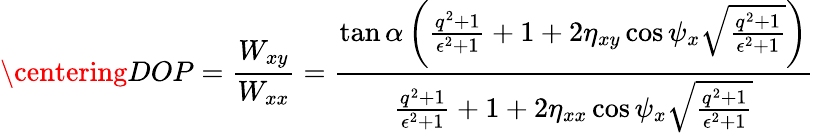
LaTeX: \centering DOP=\frac{W_{xy}}{W_{xx}}=\frac{\tan{\alpha}\left(\frac{q^{2}+1}{\epsilon^{2}+1}+1+2\eta_{xy}\cos{\psi_{x}}\sqrt{\frac{q^{2}+1}{\epsilon^{2}+1}}\right)}{\frac{q^{2}+1}{\epsilon^{2}+1}+1+2\eta_{xx}\cos{\psi_{x}}\sqrt{\frac{q^{2}+1}{\epsilon^{2}+1}}}